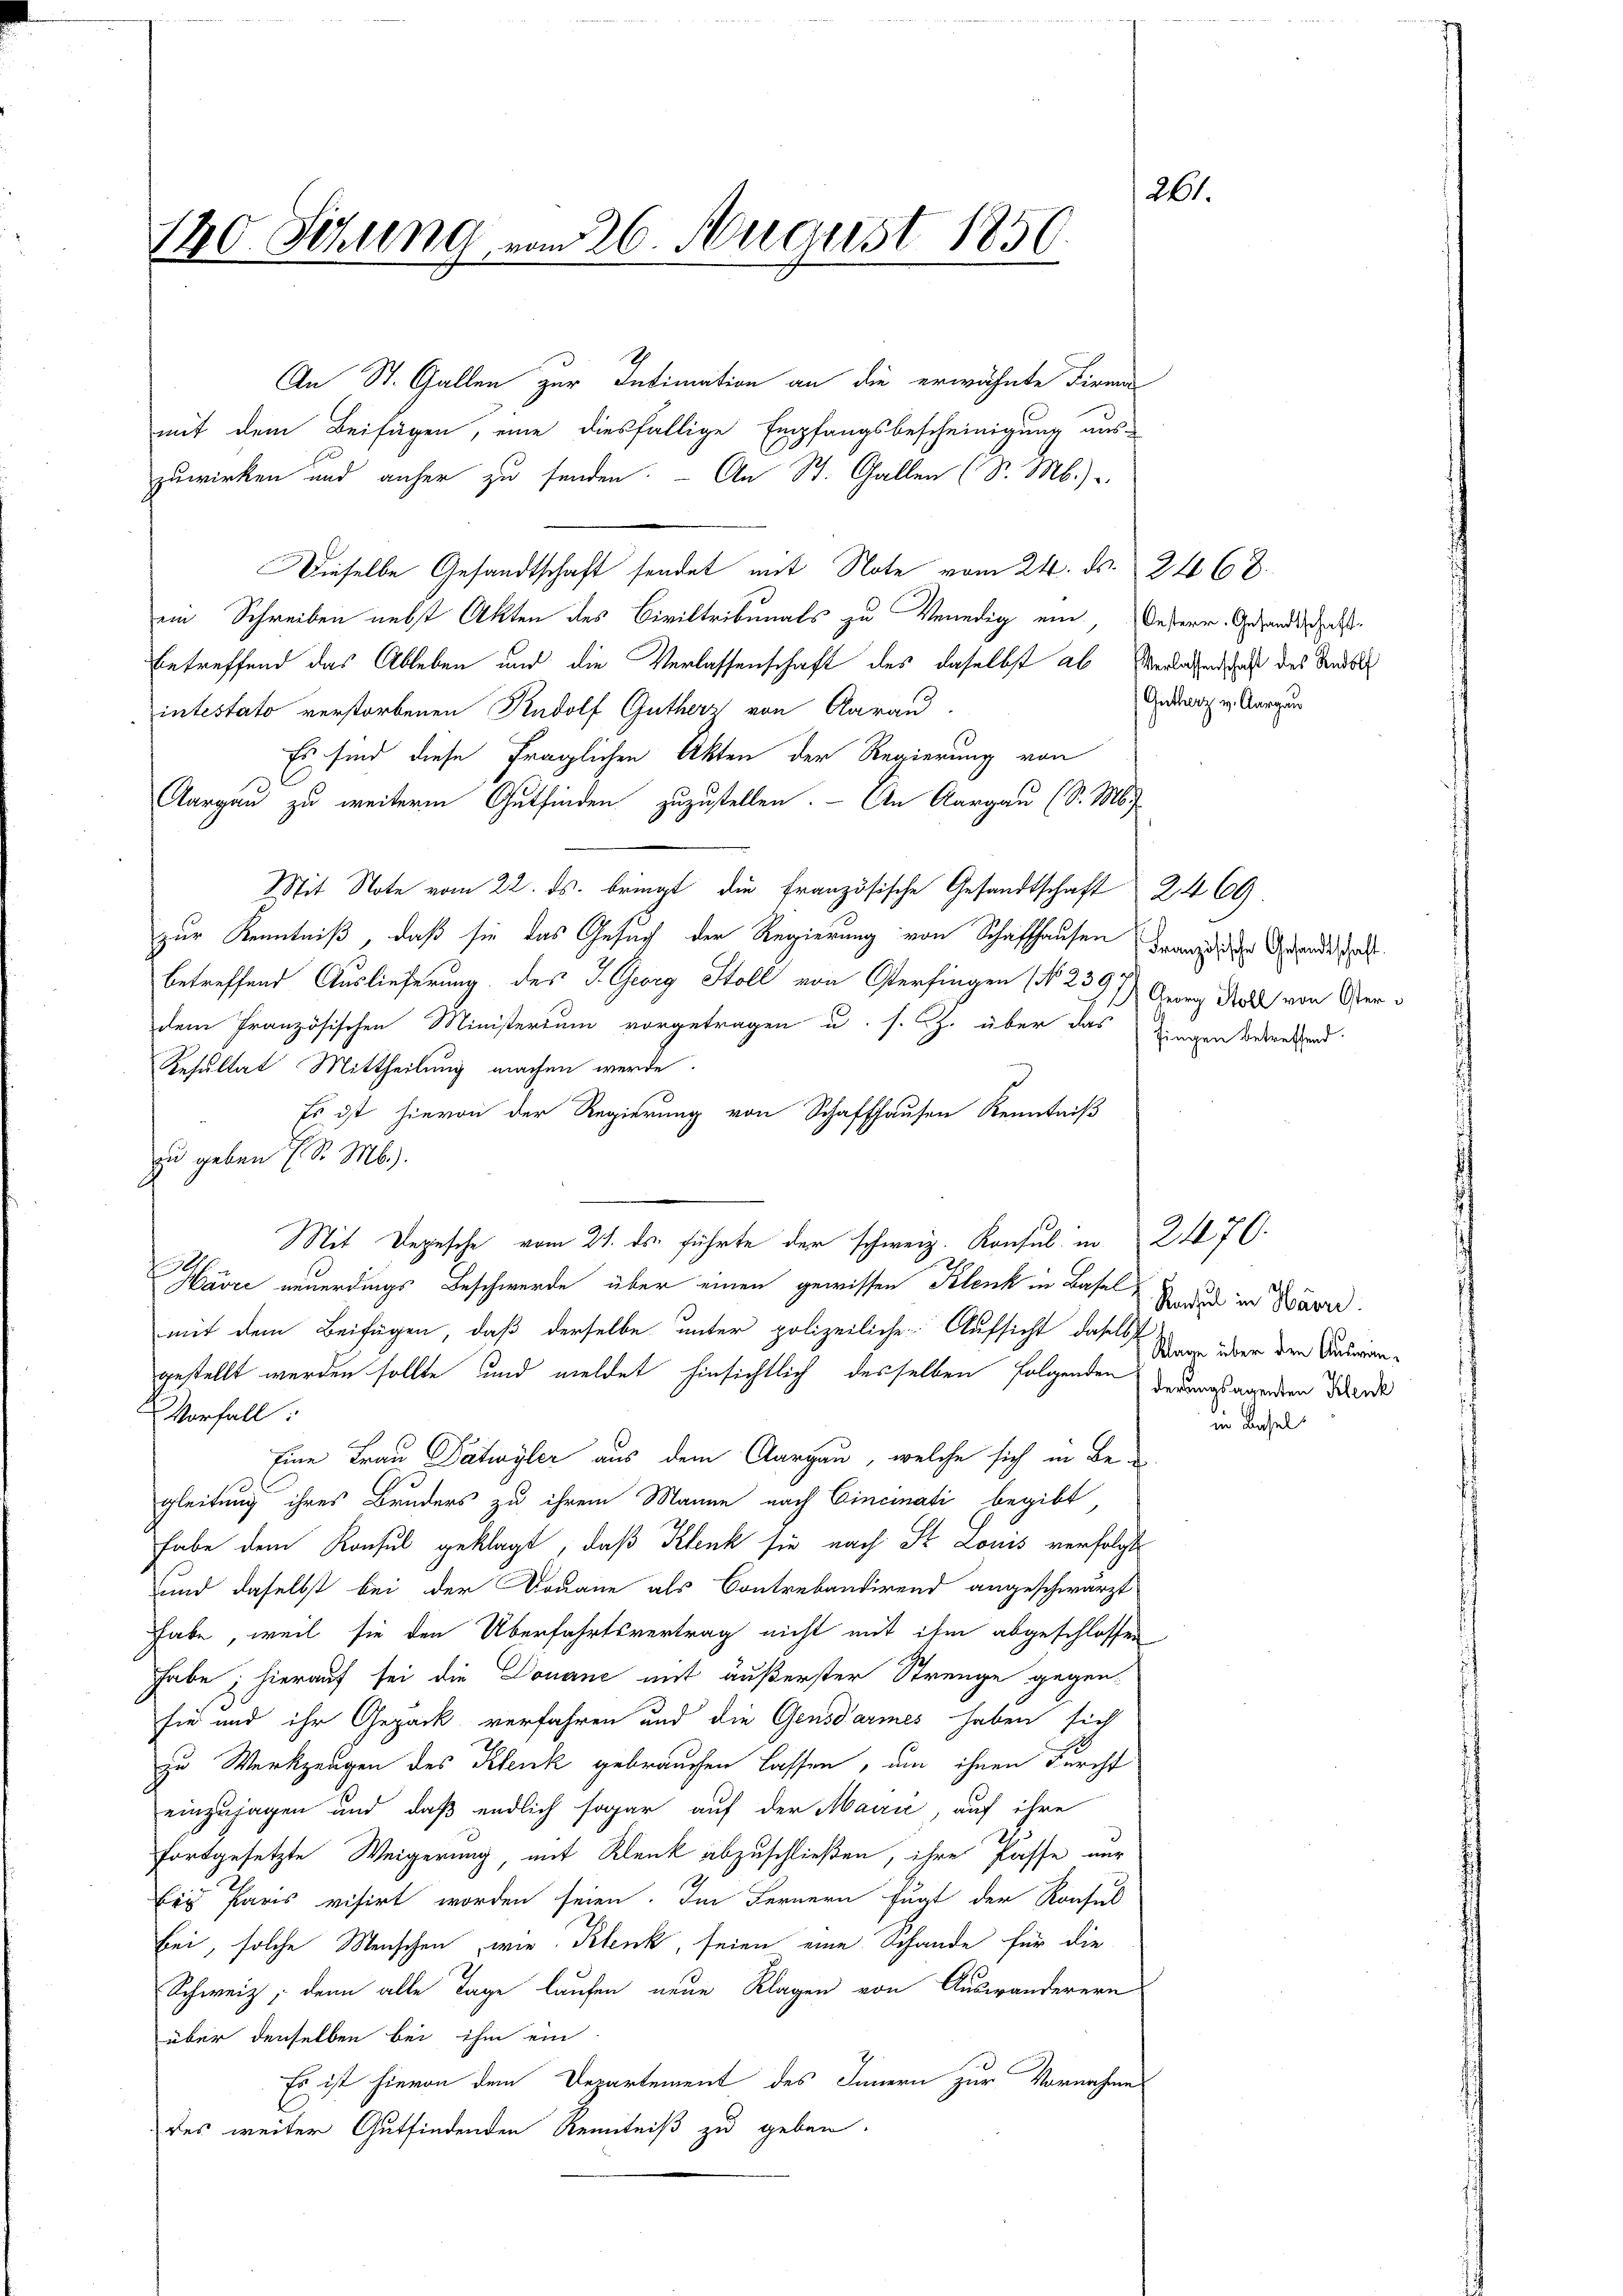
An St. Gallen zur Intimation an die erwähnte Firma
mit dem Beifügen, eine diesfällige Empfangsbescheinigung aus-
zuwirken und anher zu senden. - An St. Gallen (S. M.)
Dieselbe Gesandtschaft sendet mit Note vom 24. ds. 2468.
ein Schreiben nebst Akten des Civiltribunals zu Venedig ein
betreffend das Ableben und die Verlassenschaft des daselbst ab Verlassenschaft des Sandsch
intestato verstorbenen Rudolf Gutherz von Aarau
Es sind diese fraglichen Akten der Regierung von
Aargau zu weiterm Gutfinden zuzustellen. An Aargau (S. M.
Mit Note vom 22. ds. bringt die Französische Gesandtschaft 2469
zur Kenntniß, daß sie das Gesuch der Regierung von Schaffhausen der die Gesandtschaft.
betreffend Auslieferung des J. Georg Stoll von Oterfingen (No. 2397 Anna Roth von Verdem französischen Ministerium vorgetragen u. s. Z. über das Dingen betreffend
Resultat Mittheilung machen werde.
Es ist hievon der Regierung von Schaffhausen Kenntniß
zu geben (S. Mb.).
Mit Depesche vom 21. ds. führte der schweiz. Konsul in 217 (
h
Havre neuerdings Beschwerde über einen gewissen Klenk in Basel
mit dem Beifügen, daß derselbe unter polizeiliche Aufsicht das Stanz über den Sinderangestellt werden sollte und meldet hinsichtlich desselben folgenden verursagenden Werde
Vorfall:
Eine Frau Datwyler aus dem Aargau, welche sich in Be¬
7
gleitung ihres Bruders zu ihrem Manne nach Cincinati begibt,
habe dem Konsul geklagt, daß Klenk sie nach St. Louis verfolgt
sund daselbst bei der Douane als Contrebandirend angeschwärzt
habe, weil sie den Überfahrtsvertrag nicht mit ihm abgeschlossen
habe; hierauf sei die Douane mit äußerster Strenge gegensie und ihr Gepäck verfahren und die Gensdarmes haben sich
zu Werkzeugen des Klenk gebrauchen lassen, um ihnen Furcht
einzusagen und daß endlich sogar auf der Mairić, auf ihre
fortgesetzte Weigerung, mit Klenk abzuschließen, ihre Pässe nur
Eis Paris visirt worden seien. Im Fernern fügt der Konsul
bei, solche Menschen, wie Klenk, seien eine Schande für die
Schweiz, denn alle Tage laufen neue Klagen von Auswanderern
über denselben bei ihm ein
Es ist hievon dem Departement des Innern zur Vornahme
des weiter Gutfindenden Kenntniß zu geben.

261.
140. Sitzung vom 26. August 1850

Oesterr. Gesandtschaft.
(Gutherz v. Aargau

Konsul in Havre

in Basel